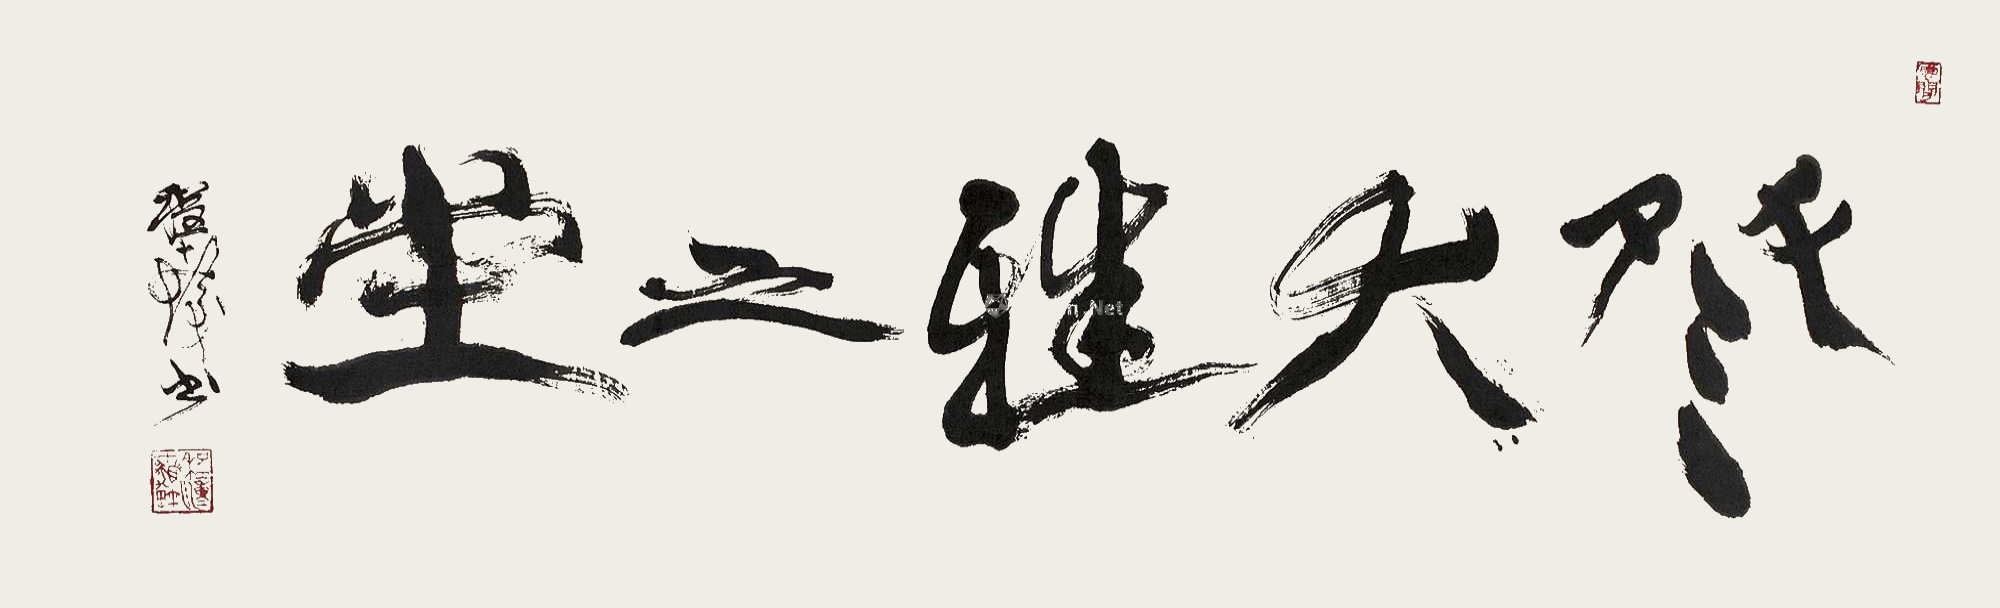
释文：登大雅之堂。程十发书。